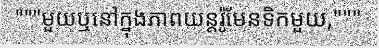
"""មួយឬនៅក្នុងភាពយន្តរ៉ូមែនទិកមួយ,"""